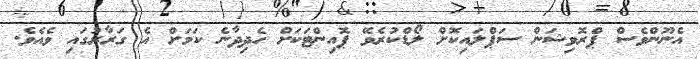
އެނޫންވެސް ޕްރޮވިޝަން ސަޕްލައިކޮށް ލޯޑްކުރެވޭ ޕޮއިންޓަކަށް ހެދިދާނެ ކަމަށް އެ ގަރާރުގައި ވެއެވެ.